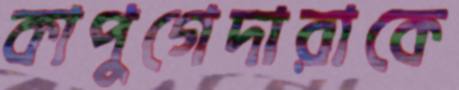
কাপুগেদারাকে